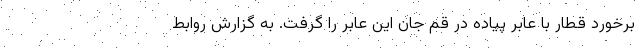
برخورد قطار با عابر پیاده در قم جان این عابر را گرفت. به گزارش روابط